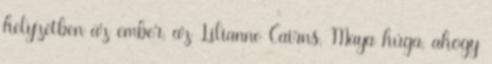
helyzetben az ember, az Lilianne Cairns, Maya húga, ahogy